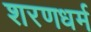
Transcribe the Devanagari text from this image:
शरणधर्म